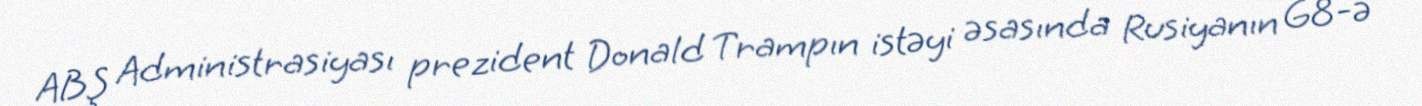
ABŞ Administrasiyası prezident Donald Trampın istəyi əsasında Rusiyanın G8-ə